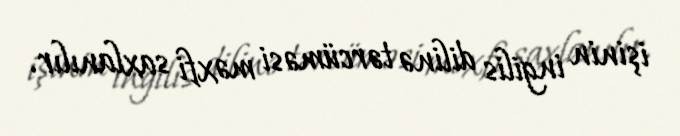
işinin ingilis dilinə tərcüməsi məxfi saxlanılır.